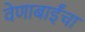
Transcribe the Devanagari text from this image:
वेणाबाईंचा